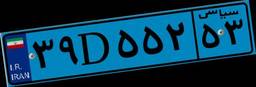
۳۹D۵۵۲۵۳